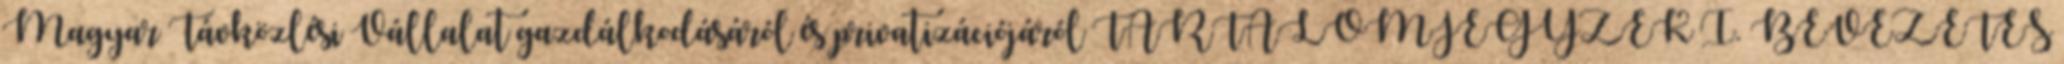
Magyar Távközlési Vállalat gazdálkodásáról és privatizációjáról TARTALOMJEGYZÉK I. BEVEZETÉS